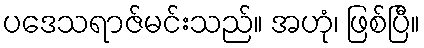
ပဒေသရာဇ်မင်းသည်။ အဟုံ၊ ဖြစ်ပြီ။